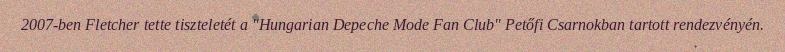
2007-ben Fletcher tette tiszteletét a "Hungarian Depeche Mode Fan Club" Petőfi Csarnokban tartott rendezvényén.